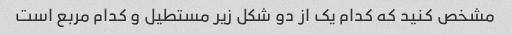
مشخص کنید که کدام یک از دو شکل زیر مستطیل و کدام مربع است